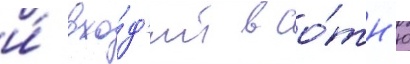
и́ вхо́д'ит в со́тн'ю